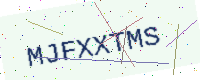
Text: MJFXXTMS